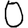
Digit: 0